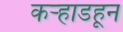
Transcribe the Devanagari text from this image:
कर्‍हाडहून